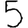
Digit: 5